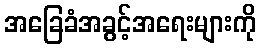
အခြေခံအခွင့်အရေးများကို